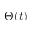
\Theta ( t )